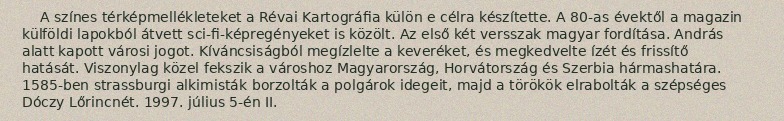
A színes térképmellékleteket a Révai Kartográfia külön e célra készítette. A 80-as évektől a magazin külföldi lapokból átvett sci-fi-képregényeket is közölt. Az első két versszak magyar fordítása. András alatt kapott városi jogot. Kíváncsiságból megízlelte a keveréket, és megkedvelte ízét és frissítő hatását. Viszonylag közel fekszik a városhoz Magyarország, Horvátország és Szerbia hármashatára. 1585-ben strassburgi alkimisták borzolták a polgárok idegeit, majd a törökök elrabolták a szépséges Dóczy Lőrincnét. 1997. július 5-én II.